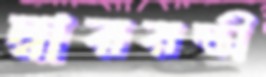
দ্বাররক্ষী